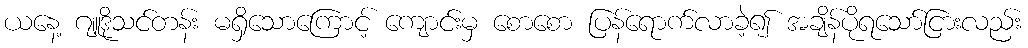
ယနေ့ ဂျူဒိုသင်တန်း မရှိသောကြောင့် ကျောင်းမှ စောစော ပြန်ရောက်လာခဲ့၍ အချိန်ပိုရသော်ငြားလည်း